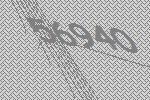
56940